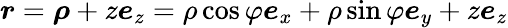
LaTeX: \boldsymbol{r}=\boldsymbol{\rho}+z\boldsymbol{e}_{z}=\rho\cos\varphi\boldsymbol{e}_{x}+\rho\sin\varphi\boldsymbol{e}_{y}+z\boldsymbol{e}_{z}